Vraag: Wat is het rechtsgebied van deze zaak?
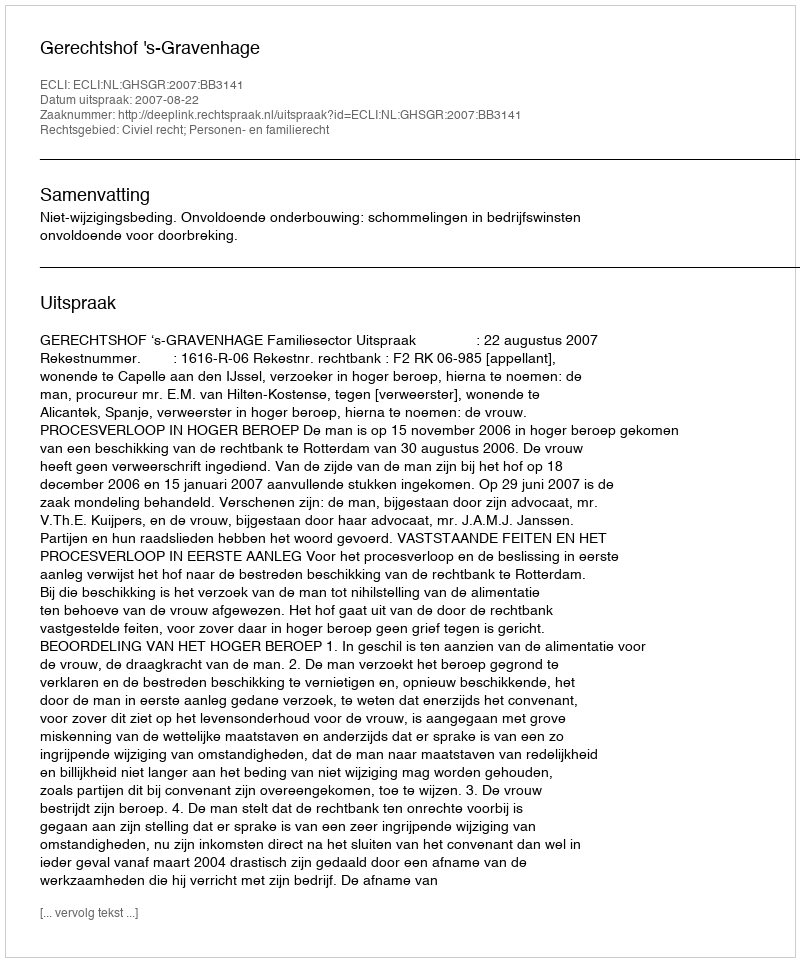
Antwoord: Civiel recht; Personen- en familierecht